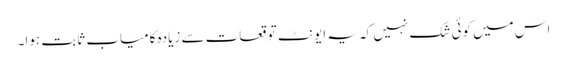
اس میں کوئی شک نہیں کہ یہ ایونٹ توقعات سے زیادہ کامیاب ثابت ہوا۔